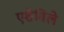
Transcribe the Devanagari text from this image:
एशेविले